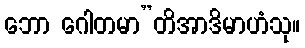
ဘော ဂေါတမာ”တိအာဒိမာဟံသု။